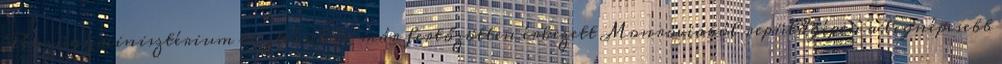
Pénzügyminisztérium tisztviselője már fertőzötten érkezett Monroviából repülőgépen a legnépesebb